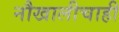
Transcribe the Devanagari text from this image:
नौखालीचाही